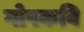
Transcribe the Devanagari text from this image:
गोपकवि